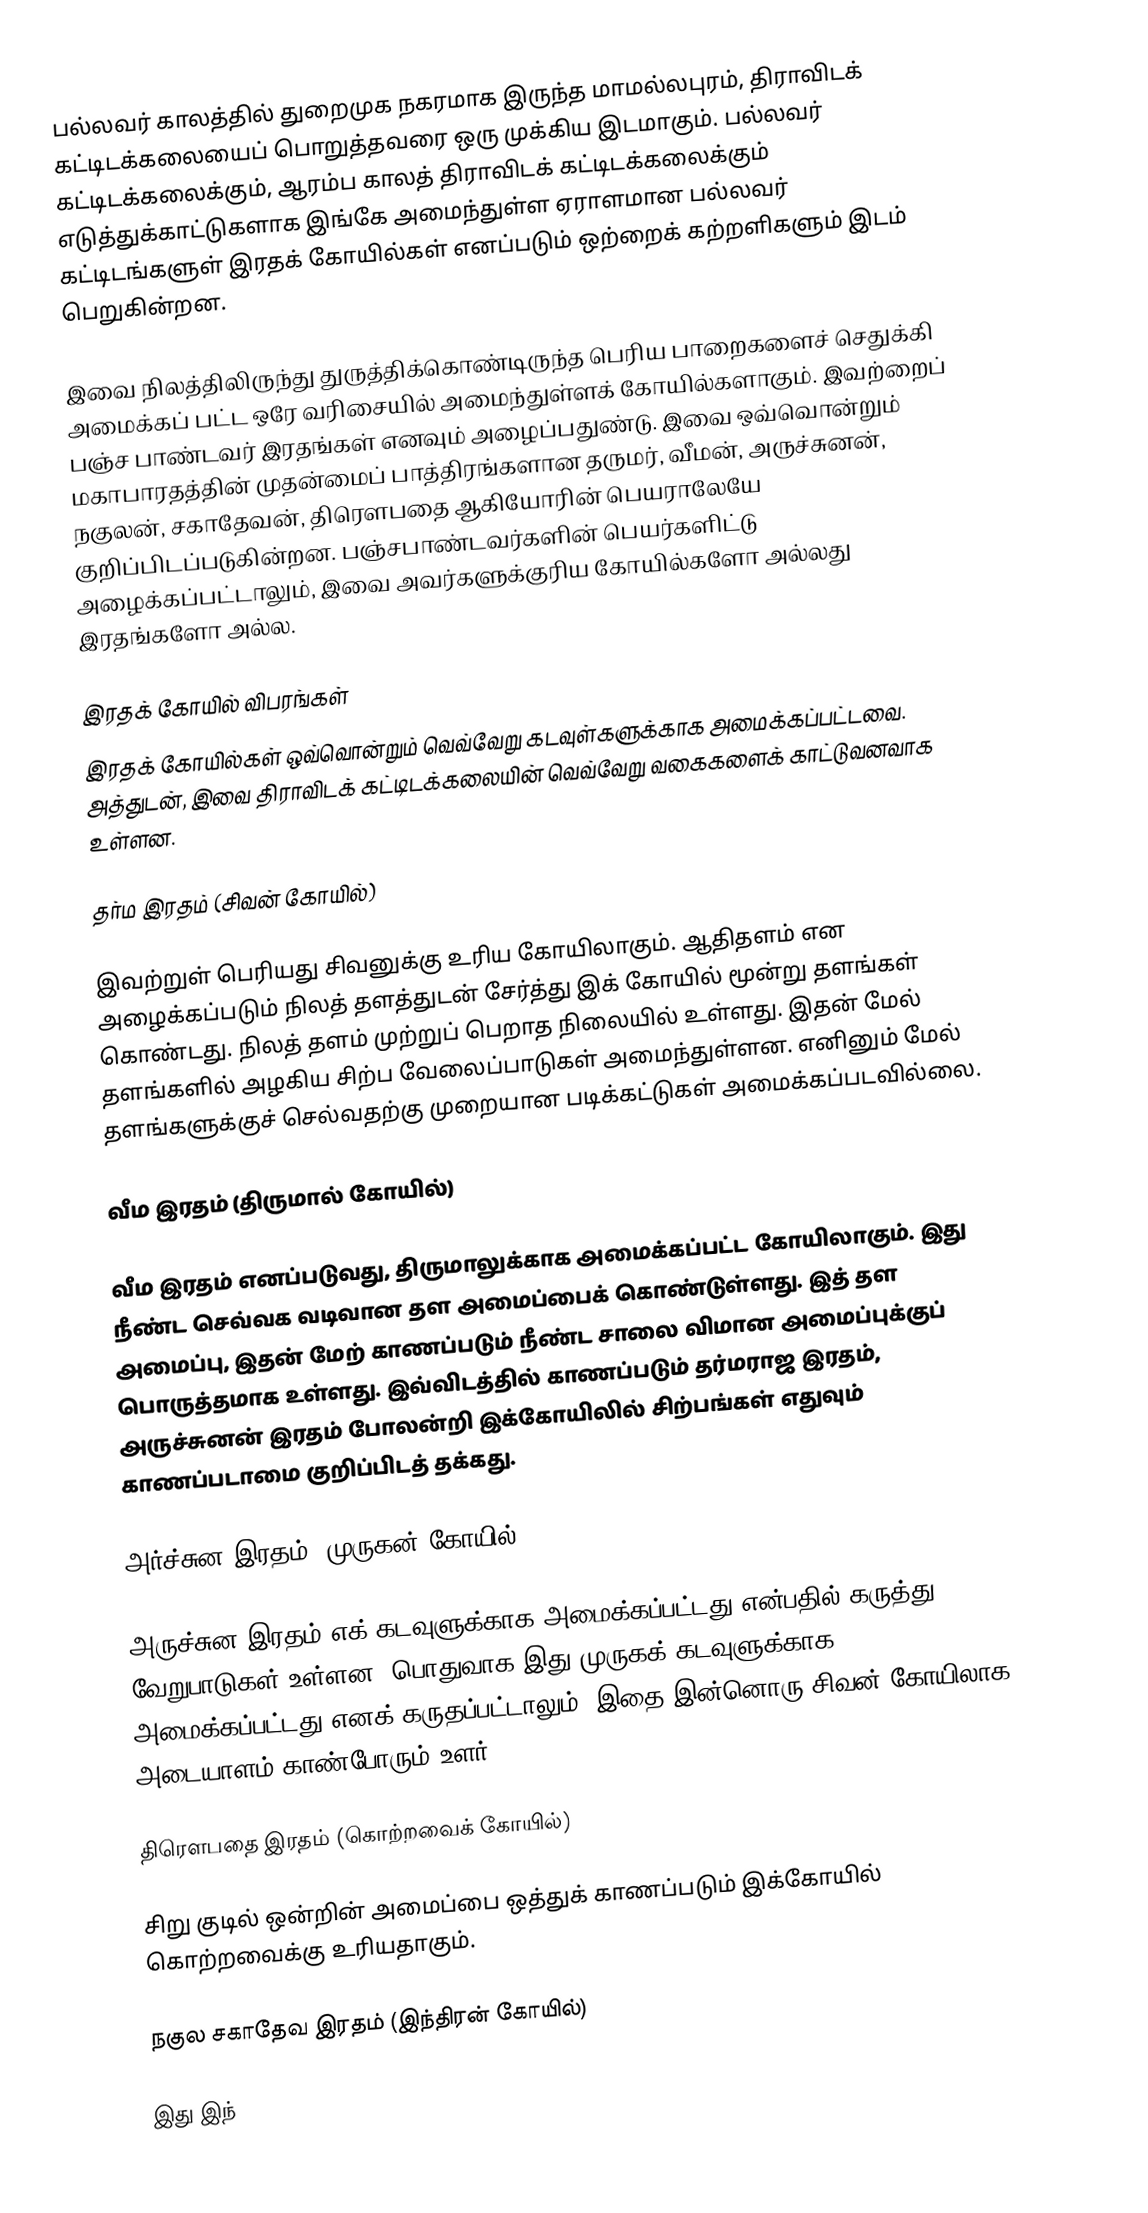
பல்லவர் காலத்தில் துறைமுக நகரமாக இருந்த மாமல்லபுரம், திராவிடக் கட்டிடக்கலையைப் பொறுத்தவரை ஒரு முக்கிய இடமாகும். பல்லவர் கட்டிடக்கலைக்கும், ஆரம்ப காலத் திராவிடக் கட்டிடக்கலைக்கும் எடுத்துக்காட்டுகளாக இங்கே அமைந்துள்ள ஏராளமான பல்லவர் கட்டிடங்களுள் இரதக் கோயில்கள் எனப்படும் ஒற்றைக் கற்றளிகளும் இடம் பெறுகின்றன.

இவை நிலத்திலிருந்து துருத்திக்கொண்டிருந்த பெரிய பாறைகளைச் செதுக்கி அமைக்கப் பட்ட ஒரே வரிசையில் அமைந்துள்ளக் கோயில்களாகும். இவற்றைப் பஞ்ச பாண்டவர் இரதங்கள் எனவும் அழைப்பதுண்டு. இவை ஒவ்வொன்றும் மகாபாரதத்தின் முதன்மைப் பாத்திரங்களான தருமர், வீமன், அருச்சுனன், நகுலன், சகாதேவன், திரௌபதை ஆகியோரின் பெயராலேயே குறிப்பிடப்படுகின்றன. பஞ்சபாண்டவர்களின் பெயர்களிட்டு அழைக்கப்பட்டாலும், இவை அவர்களுக்குரிய கோயில்களோ அல்லது இரதங்களோ அல்ல.

இரதக் கோயில் விபரங்கள்
இரதக் கோயில்கள் ஒவ்வொன்றும் வெவ்வேறு கடவுள்களுக்காக அமைக்கப்பட்டவை. அத்துடன், இவை திராவிடக் கட்டிடக்கலையின் வெவ்வேறு வகைகளைக் காட்டுவனவாக உள்ளன.

தர்ம இரதம் (சிவன் கோயில்)

இவற்றுள் பெரியது சிவனுக்கு உரிய கோயிலாகும். ஆதிதளம் என அழைக்கப்படும் நிலத் தளத்துடன் சேர்த்து இக் கோயில் மூன்று தளங்கள் கொண்டது. நிலத் தளம் முற்றுப் பெறாத நிலையில் உள்ளது. இதன் மேல் தளங்களில் அழகிய சிற்ப வேலைப்பாடுகள் அமைந்துள்ளன. எனினும் மேல் தளங்களுக்குச் செல்வதற்கு முறையான படிக்கட்டுகள் அமைக்கப்படவில்லை.

வீம இரதம் (திருமால் கோயில்)

வீம இரதம் எனப்படுவது, திருமாலுக்காக அமைக்கப்பட்ட கோயிலாகும். இது நீண்ட செவ்வக வடிவான தள அமைப்பைக் கொண்டுள்ளது. இத் தள அமைப்பு, இதன் மேற் காணப்படும் நீண்ட சாலை விமான அமைப்புக்குப் பொருத்தமாக உள்ளது. இவ்விடத்தில் காணப்படும் தர்மராஜ இரதம், அருச்சுனன் இரதம் போலன்றி இக்கோயிலில் சிற்பங்கள் எதுவும் காணப்படாமை குறிப்பிடத் தக்கது.

அர்ச்சுன இரதம் (முருகன் கோயில்)

அருச்சுன இரதம் எக் கடவுளுக்காக அமைக்கப்பட்டது என்பதில் கருத்து வேறுபாடுகள் உள்ளன. பொதுவாக இது முருகக் கடவுளுக்காக அமைக்கப்பட்டது எனக் கருதப்பட்டாலும், இதை இன்னொரு சிவன் கோயிலாக அடையாளம் காண்போரும் உளர்.

திரௌபதை இரதம் (கொற்றவைக் கோயில்)

சிறு குடில் ஒன்றின் அமைப்பை ஒத்துக் காணப்படும் இக்கோயில் கொற்றவைக்கு உரியதாகும்.

நகுல சகாதேவ இரதம் (இந்திரன் கோயில்)

இது இந்